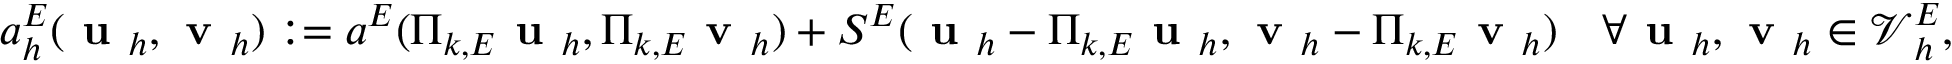
a _ { h } ^ { E } ( \textbf { u } _ { h } , \textbf { v } _ { h } ) : = a ^ { E } ( \boldsymbol { \Pi } _ { k , E } \textbf { u } _ { h } , \boldsymbol { \Pi } _ { k , E } \textbf { v } _ { h } ) + S ^ { E } ( \textbf { u } _ { h } - \boldsymbol { \Pi } _ { k , E } \textbf { u } _ { h } , \textbf { v } _ { h } - \boldsymbol { \Pi } _ { k , E } \textbf { v } _ { h } ) \quad \forall \textbf { u } _ { h } , \textbf { v } _ { h } \in \boldsymbol { \mathcal { V } } _ { h } ^ { E } ,